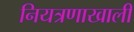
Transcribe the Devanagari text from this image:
नियत्रणाखाली